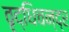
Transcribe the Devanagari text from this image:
वृद्धिचन्द्र